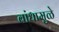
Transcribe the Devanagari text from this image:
बांधामुळे